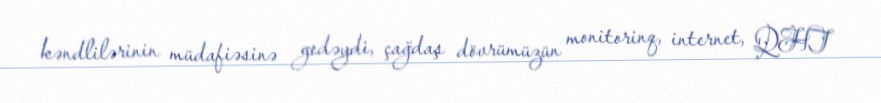
kəndlilərinin müdafiəsinə gedəydi, çağdaş dövrümüzün monitorinq, internet, QHT